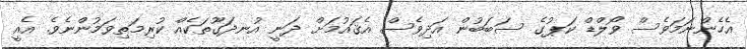
އެހެންނަމަވެސް ވޯލްޑް ކަޕުގެ ސަބަބުން އަދިވެސް އެޤައުމަށް ދަނީ އުނދަގޫތަކެއް ކުރިމަތިވަމުންނެވެ. އެއީ